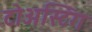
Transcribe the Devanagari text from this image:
टोअस्टिंग